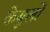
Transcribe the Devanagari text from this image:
केबुलों